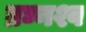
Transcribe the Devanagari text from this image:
व्रघ्नश्व